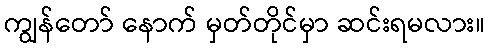
ကျွန်တော် နောက် မှတ်တိုင်မှာ ဆင်းရမလား။